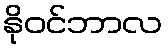
နိုဝင်ဘာလ